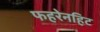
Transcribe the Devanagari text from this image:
फहरेनहिट